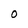
Character: O